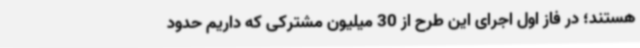
هستند؛ در فاز اول اجرای این طرح از 30 میلیون مشترکی که داریم حدود